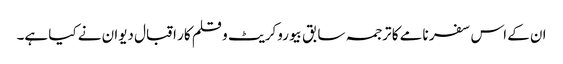
ان کے اس سفر نامے کا ترجمہ سابق بیوروکریٹ و قلم کار اقبال دیوان نے کیا ہے۔